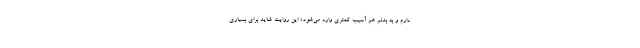
دارم و به بدنم هم آسیب کمتری وارد می‌شود.» این روایت شاید برای بسیاری